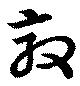
敲